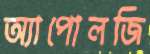
অ্যাপোলজি